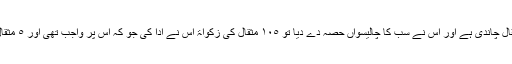
مثلا ً ایک شخص کے پاس ١١٠ مثقال چاندی ہے اور اس نے سب کا چالیسواں حصہ دے دیا تو ١٠٥ مثقال کی زکواۃ اس نے ادا کی جو کہ اس پر واجب تھی اور ٥ مثقال کی بھی دی جو کہ واجب نہ تھی۔